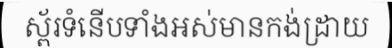
ស្ព័រទំនើបទាំងអស់មានកង់ដ្រាយ